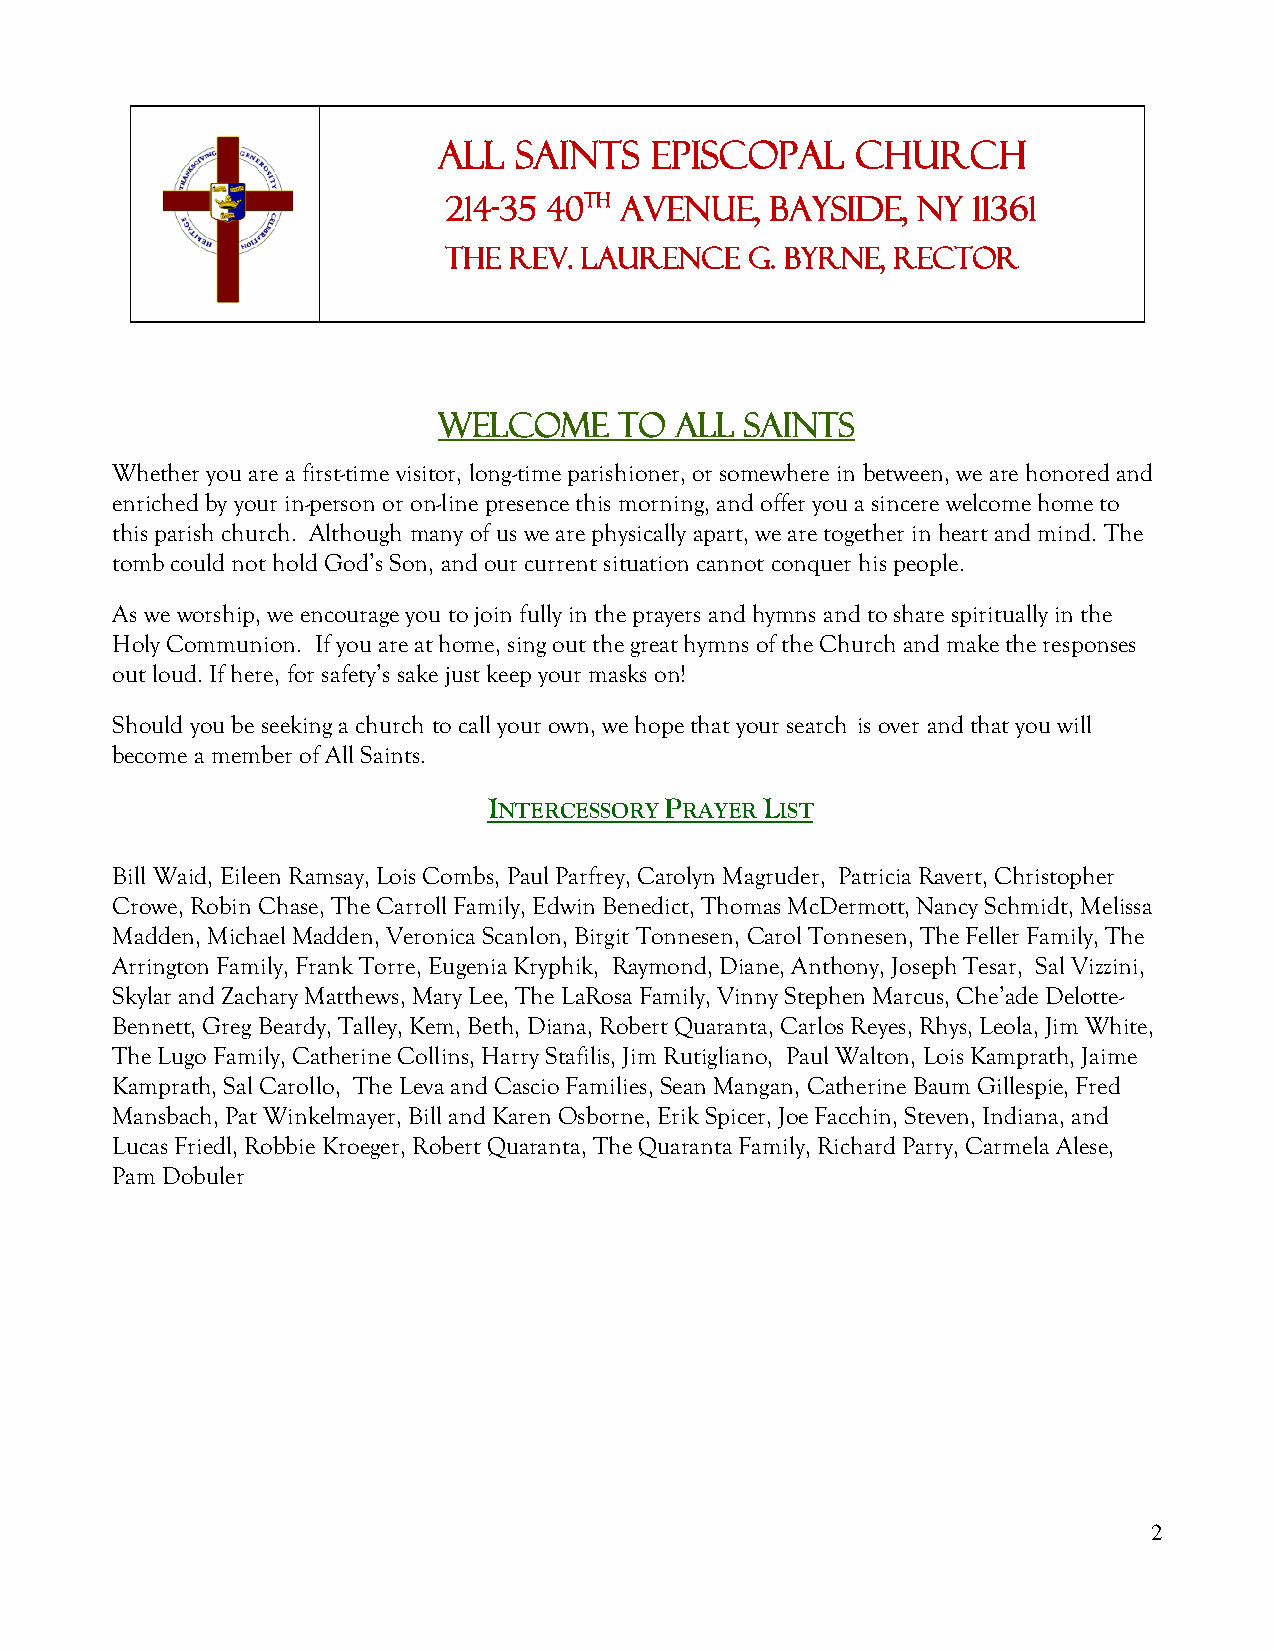
All  Saints   Episcopal     Church
 214-35 40th Avenue,  Bayside,  NY 11361
 The  Rev. Laurence   G. Byrne, Rector
 Welcome     to  All Saints
 Whether you are a first-time visitor, long-time parishioner, or somewhere in between, we are honored and
 enriched by your in-person or on-line presence this morning, and offer you a sincere welcome home to
 this parish church. Although many of us we are physically apart, we are together in heart and mind. The
 tomb could not hold God’s Son, and our current situation cannot conquer his people.
 As we worship, we encourage you to join fully in the prayers and hymns and to share spiritually in the
 Holy Communion. If you are at home, sing out the great hymns of the Church and make the responses
 out loud. If here, for safety’s sake just keep your masks on!
 Should you be seeking a church to call your own, we hope that your search is over and that you will
 become a member of All Saints.
 INTERCESSORY PRAYER LIST
 Bill Waid, Eileen Ramsay, Lois Combs, Paul Parfrey, Carolyn Magruder, Patricia Ravert, Christopher
 Crowe, Robin Chase, The Carroll Family, Edwin Benedict, Thomas McDermott, Nancy Schmidt, Melissa
 Madden, Michael Madden, Veronica Scanlon, Birgit Tonnesen, Carol Tonnesen, The Feller Family, The
 Arrington Family, Frank Torre, Eugenia Kryphik, Raymond, Diane, Anthony, Joseph Tesar, Sal Vizzini,
 Skylar and Zachary Matthews, Mary Lee, The LaRosa Family, Vinny Stephen Marcus, Che’ade Delotte-
 Bennett, Greg Beardy, Talley, Kem, Beth, Diana, Robert Quaranta, Carlos Reyes, Rhys, Leola, Jim White,
 The Lugo Family, Catherine Collins, Harry Stafilis, Jim Rutigliano, Paul Walton, Lois Kamprath, Jaime
 Kamprath, Sal Carollo, The Leva and Cascio Families, Sean Mangan, Catherine Baum Gillespie, Fred
 Mansbach, Pat Winkelmayer, Bill and Karen Osborne, Erik Spicer, Joe Facchin, Steven, Indiana, and
 Lucas Friedl, Robbie Kroeger, Robert Quaranta, The Quaranta Family, Richard Parry, Carmela Alese,
 Pam Dobuler
 2